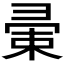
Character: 𢑤